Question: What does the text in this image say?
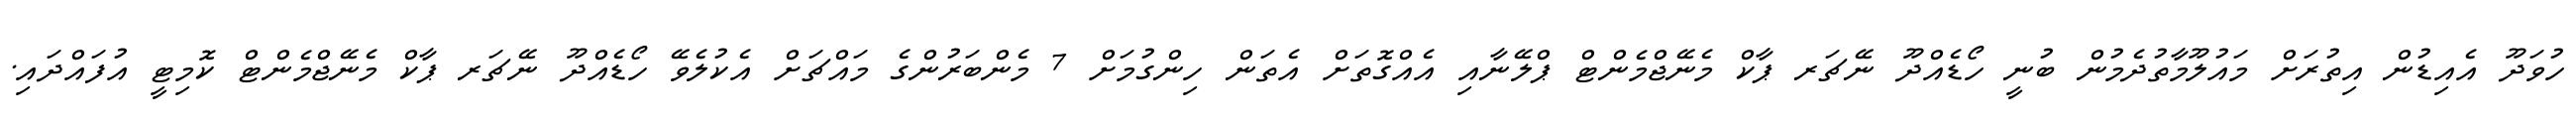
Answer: ހުވަދޫ އެއިޑުން އިތުރަށް މައުލޫމާތުދެމުން ބުނީ ހޯޑެއްދޫ ނޭޗަރ ޕާކް މެނޭޖްމެންޓް ޕްލޭނާއި އެއްގޮތަށް އެތަން ހިންގުމަށް 7 މެންބަރުންގެ މައްޗަށް އެކުލެވޭ ހޯޑެއްދޫ ނޭޗަރ ޕާކް މެނޭޖްމެންޓް ކޮމިޓީ އުފައްދައި.